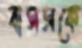
বাসসকে